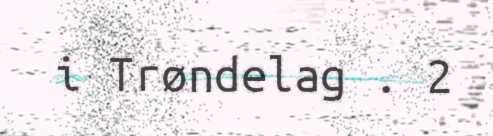
i Trøndelag . 2